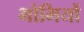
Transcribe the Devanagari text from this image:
भोमियों